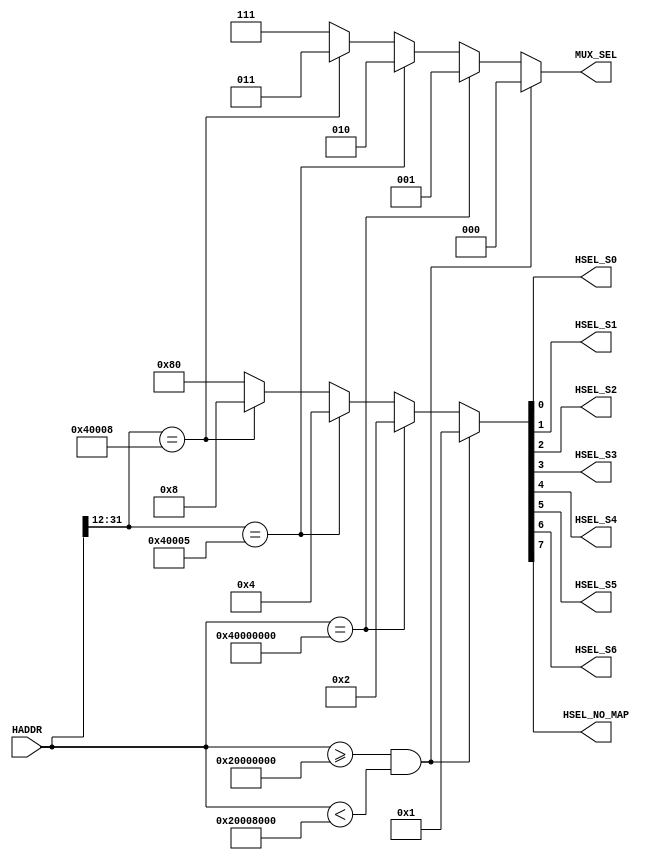
`timescale 1ns / 1ps

module AHBSYSDCD(
input wire [31:0] HADDR,
output wire HSEL_S0,        // SRAM
output wire HSEL_S1,        // LED
output wire HSEL_S2,        // UART
output wire HSEL_S3,        // GPIO
output wire HSEL_S4,
output wire HSEL_S5,
output wire HSEL_S6,
output wire HSEL_NO_MAP,    // no map
output reg [2:0] MUX_SEL
);
    
    reg [7:0] dec;
    
    assign HSEL_S0 = dec[0];
    assign HSEL_S1 = dec[1];
    assign HSEL_S2 = dec[2];
    assign HSEL_S3 = dec[3];
    assign HSEL_S4 = dec[4];
    assign HSEL_S5 = dec[5];
    assign HSEL_S6 = dec[6];    
    assign HSEL_NO_MAP = dec[7];
    
    always @(*) begin
        if((HADDR[31:0] >= 32'h2000_0000) & (HADDR[31:0] < 32'h2000_8000)) begin        // SRAM0x2000_0000 ~ 0x2000_8000
            dec <= 8'b0000_0001;
            MUX_SEL <= 3'b000; 
        end
        else if(HADDR[31:0] == 32'h4000_0000) begin             // LED0x4000_0000
            dec <= 8'b0000_0010;
            MUX_SEL <= 3'b001; 
        end
        else if(HADDR[31:12] == 20'h4000_5) begin               // UART0x4000_5000 ~ 0x4000_5***
            dec <= 8'b0000_0100;
            MUX_SEL <= 3'b010;
        end
        else if(HADDR[31:12] == 20'h4000_8) begin               // GPIO0x4000_8000 ~ 0x4000_8008
            dec <= 8'b0000_1000;
            MUX_SEL <= 3'b011; 
        end        
        else begin      // 
            dec <= 8'b1000_0000;
            MUX_SEL <= 3'b111;
        end
    end
    
endmodule